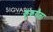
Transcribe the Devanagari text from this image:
कुकरौला